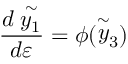
\frac { d \stackrel { \sim } { y _ { 1 } } } { d \varepsilon } = \phi ( \stackrel { \sim } { y } _ { 3 } )